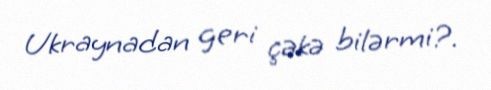
Ukraynadan geri çəkə bilərmi?.